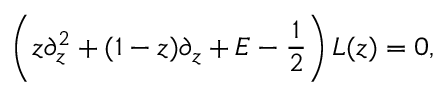
\left( z \partial _ { z } ^ { 2 } + ( 1 - z ) \partial _ { z } + E - { \frac { 1 } { 2 } } \right) L ( z ) = 0 ,